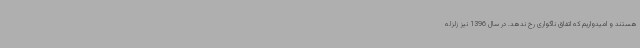
هستند و امیدواریم که اتفاق ناگواری رخ ندهد. در سال 1396 نیز زلزله